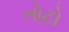
તોટો